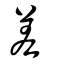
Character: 差